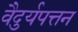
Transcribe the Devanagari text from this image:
वैदुर्यपत्तन